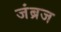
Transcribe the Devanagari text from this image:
जंब्रज